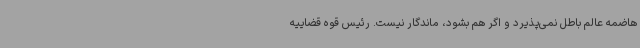
هاضمه عالم باطل نمی‌پذیرد و اگر هم بشود، ماندگار نیست. رئیس قوه قضاییه